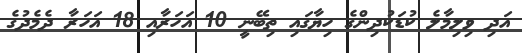
އަދި ވިލިމާލެ ކުޑަކުދިންގެ ހިޔާގައި ތިބޭނީ 10 އަހަރާއި 18 އަހަރާ ދެމެދުގެ